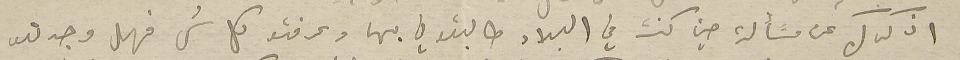
اذكرك عن مسَألة حين كنت في البلاد طالبتوني بها وعرفتو كل شى فهل وجدتو